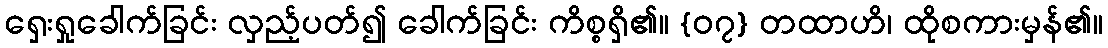
ရှေးရှုခေါက်ခြင်း လှည့်ပတ်၍ ခေါက်ခြင်း ကိစ္စရှိ၏။ {၀၇} တထာဟိ၊ ထိုစကားမှန်၏။